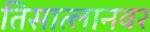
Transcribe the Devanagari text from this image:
तिसात्लानवर